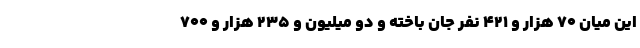
این میان ۷۰ هزار و ۴۲۱ نفر جان باخته و دو میلیون و ۲۳۵ هزار و ۷۰۰